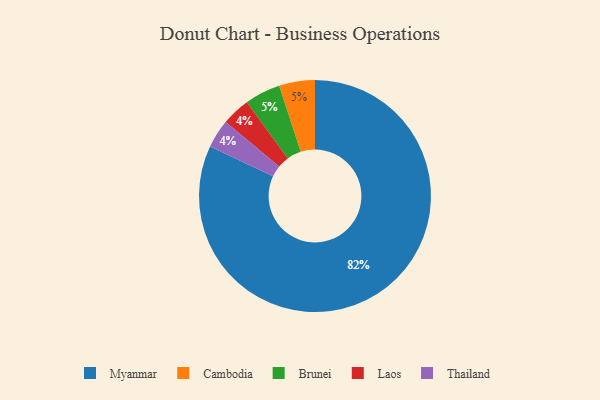
{"axis": {"x": "Category", "y": "Percentage"}, "legend": ["Brunei", "Cambodia", "Laos", "Myanmar", "Thailand"], "data": [{"x": "Cambodia", "y": 5, "type": "Cambodia"}, {"x": "Brunei", "y": 5, "type": "Brunei"}, {"x": "Myanmar", "y": 82, "type": "Myanmar"}, {"x": "Laos", "y": 4, "type": "Laos"}, {"x": "Thailand", "y": 4, "type": "Thailand"}]}